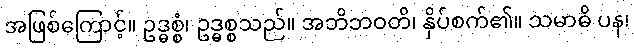
အဖြစ်ကြောင့်။ ဥဒ္ဓစ္စံ၊ ဥဒ္ဓစ္စသည်။ အဘိဘဝတိ၊ နှိပ်စက်၏။ သမာဓိ ပန၊